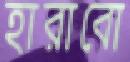
হারাবো